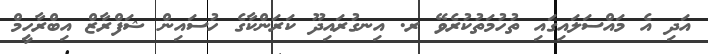
އަދި އެ މައްސަލައިގައި ތުހުމަތުކުރެވޭ ރ. އިނގުރައިދޫ ކަރަންކާގެ ހުސައިން ޝަފްރާޒް އިބްރާހީމް